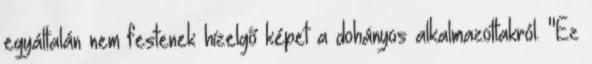
egyáltalán nem festenek hízelgő képet a dohányos alkalmazottakról. "Ez